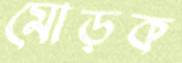
মোড়ক